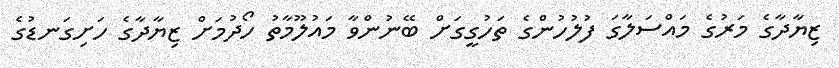
ޒިޔާދާގެ މަރުގެ މައްސަލާގަ ފުލުހުންގެ ތަހުގީގަށް ބޭނުންވާ މައުލޫމާތު ހޯދުމަށް ޒިޔާދާގެ ހަށިގަނޑުގެ